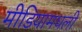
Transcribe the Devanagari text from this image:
मीडियामधली